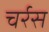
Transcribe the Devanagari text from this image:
चर्रस